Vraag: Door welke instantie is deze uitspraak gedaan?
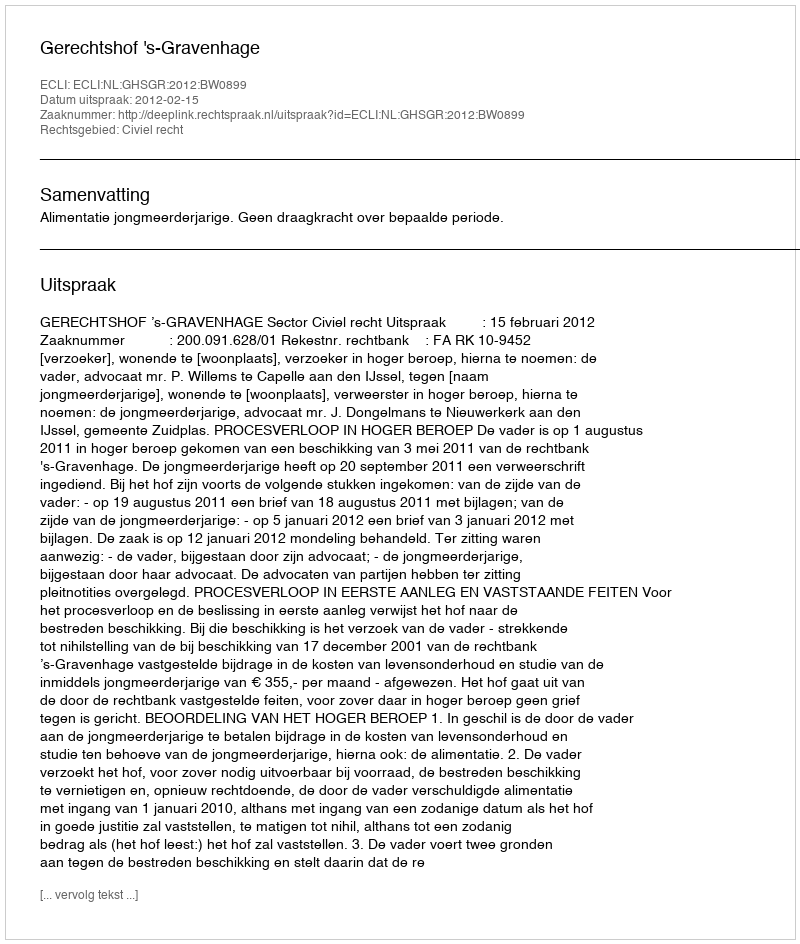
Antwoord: Gerechtshof 's-Gravenhage